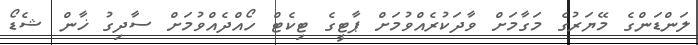
ލަންޑަންގެ މޭޔަރުގެ މަގާމަށް ވާދަކުރެއްވުމަށް ޕާޓީގެ ޓިކެޓް ހޯއްދެއްވުމަށް ސާދިގު ޚާން ޝެޑޯ